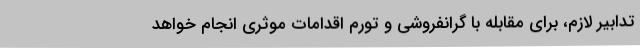
تدابیر لازم، برای مقابله با گرانفروشی و تورم اقدامات موثری انجام خواهد